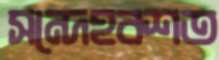
সন্দেহবশত